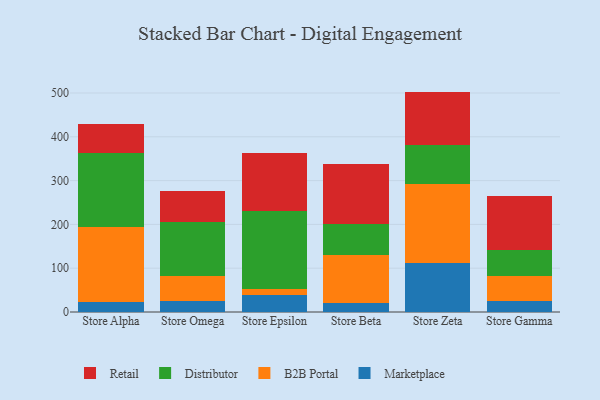
{"axis": {"x": "Store", "y": "Production Output"}, "legend": ["B2B Portal", "Distributor", "Marketplace", "Retail"], "data": [{"x": "Store Alpha", "y": 23.2, "type": "Marketplace"}, {"x": "Store Alpha", "y": 170.2, "type": "B2B Portal"}, {"x": "Store Alpha", "y": 170.0, "type": "Distributor"}, {"x": "Store Alpha", "y": 65.9, "type": "Retail"}, {"x": "Store Omega", "y": 25.4, "type": "Marketplace"}, {"x": "Store Omega", "y": 56.4, "type": "B2B Portal"}, {"x": "Store Omega", "y": 122.8, "type": "Distributor"}, {"x": "Store Omega", "y": 70.6, "type": "Retail"}, {"x": "Store Epsilon", "y": 39.5, "type": "Marketplace"}, {"x": "Store Epsilon", "y": 13.0, "type": "B2B Portal"}, {"x": "Store Epsilon", "y": 177.1, "type": "Distributor"}, {"x": "Store Epsilon", "y": 133.0, "type": "Retail"}, {"x": "Store Beta", "y": 20.0, "type": "Marketplace"}, {"x": "Store Beta", "y": 110.5, "type": "B2B Portal"}, {"x": "Store Beta", "y": 69.8, "type": "Distributor"}, {"x": "Store Beta", "y": 138.0, "type": "Retail"}, {"x": "Store Zeta", "y": 112.9, "type": "Marketplace"}, {"x": "Store Zeta", "y": 179.6, "type": "B2B Portal"}, {"x": "Store Zeta", "y": 88.3, "type": "Distributor"}, {"x": "Store Zeta", "y": 122.4, "type": "Retail"}, {"x": "Store Gamma", "y": 26.1, "type": "Marketplace"}, {"x": "Store Gamma", "y": 56.4, "type": "B2B Portal"}, {"x": "Store Gamma", "y": 58.3, "type": "Distributor"}, {"x": "Store Gamma", "y": 123.2, "type": "Retail"}]}